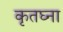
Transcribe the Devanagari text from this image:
कृतघ्ना